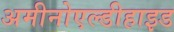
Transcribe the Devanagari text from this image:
अमीनोएल्डीहाइड